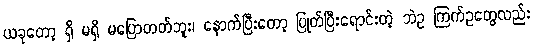
ယခုတော့ ရှိ မရှိ မပြောတတ်ဘူး၊ နောက်ပြီးတော့ ပြုတ်ပြီးရောင်းတဲ့ ဘဲဥ ကြက်ဥတွေလည်း